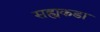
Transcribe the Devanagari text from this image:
सह्यकडा